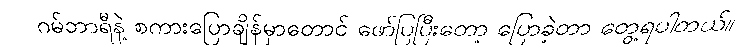
ဂမ်ဘာရီနဲ့ စကားပြောချိန်မှာတောင် ဖော်ပြပြီးတော့ ပြောခဲ့တာ တွေ့ရပါတယ်။